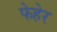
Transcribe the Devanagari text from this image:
फेहेर